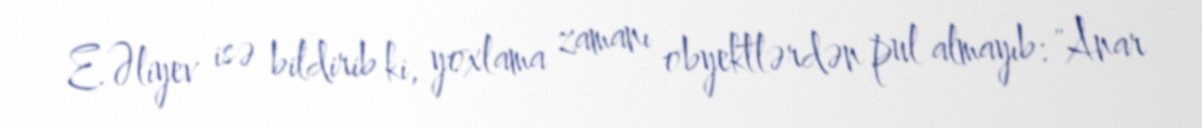
E.Əliyev isə bildirib ki, yoxlama zamanı obyektlərdən pul almayıb: "Anar